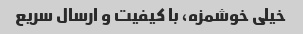
خیلی خوشمزه، با کیفیت و ارسال سریع